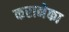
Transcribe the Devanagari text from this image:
करानेका